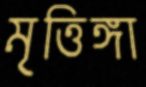
মৃত্তিঙ্গা